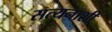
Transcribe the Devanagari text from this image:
सत्यनाशी